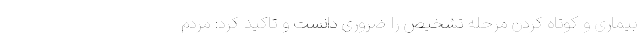
بیماری و کوتاه کردن مرحله تشخیص را ضروری دانست و تاکید کرد: مردم